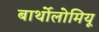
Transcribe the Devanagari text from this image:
बार्थोलोमियू